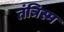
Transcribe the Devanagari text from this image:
तंत्रिस्म